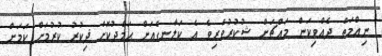
ނިޢްމަތް ދެއްވިކަން މައްޗަށް ޝުކުރުވެރިވެ އެ ކަލާނގެއަށް ޙަމްދުކޮށް ޛިކުރު ކުރުމަށް ކަމަށް